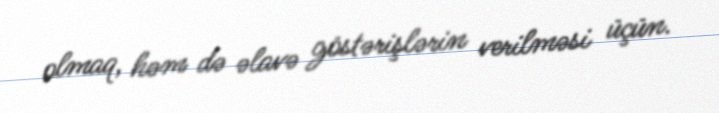
olmaq, həm də əlavə göstərişlərin verilməsi üçün.